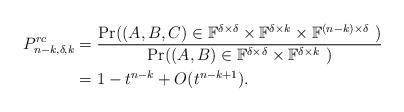
LaTeX: \begin{align*}P^{rc}_{n-k,\delta,k}&=\frac{\operatorname{Pr}((A,B,C)\in\mathbb F^{\delta\times\delta}\times\mathbb F^{\delta\times k}\times\mathbb F^{(n-k)\times\delta}\ )}{\operatorname{Pr}((A,B)\in\mathbb F^{\delta\times\delta}\times\mathbb F^{\delta\times k}\ )}\\&=1-t^{n-k}+O(t^{n-k+1}).\end{align*}